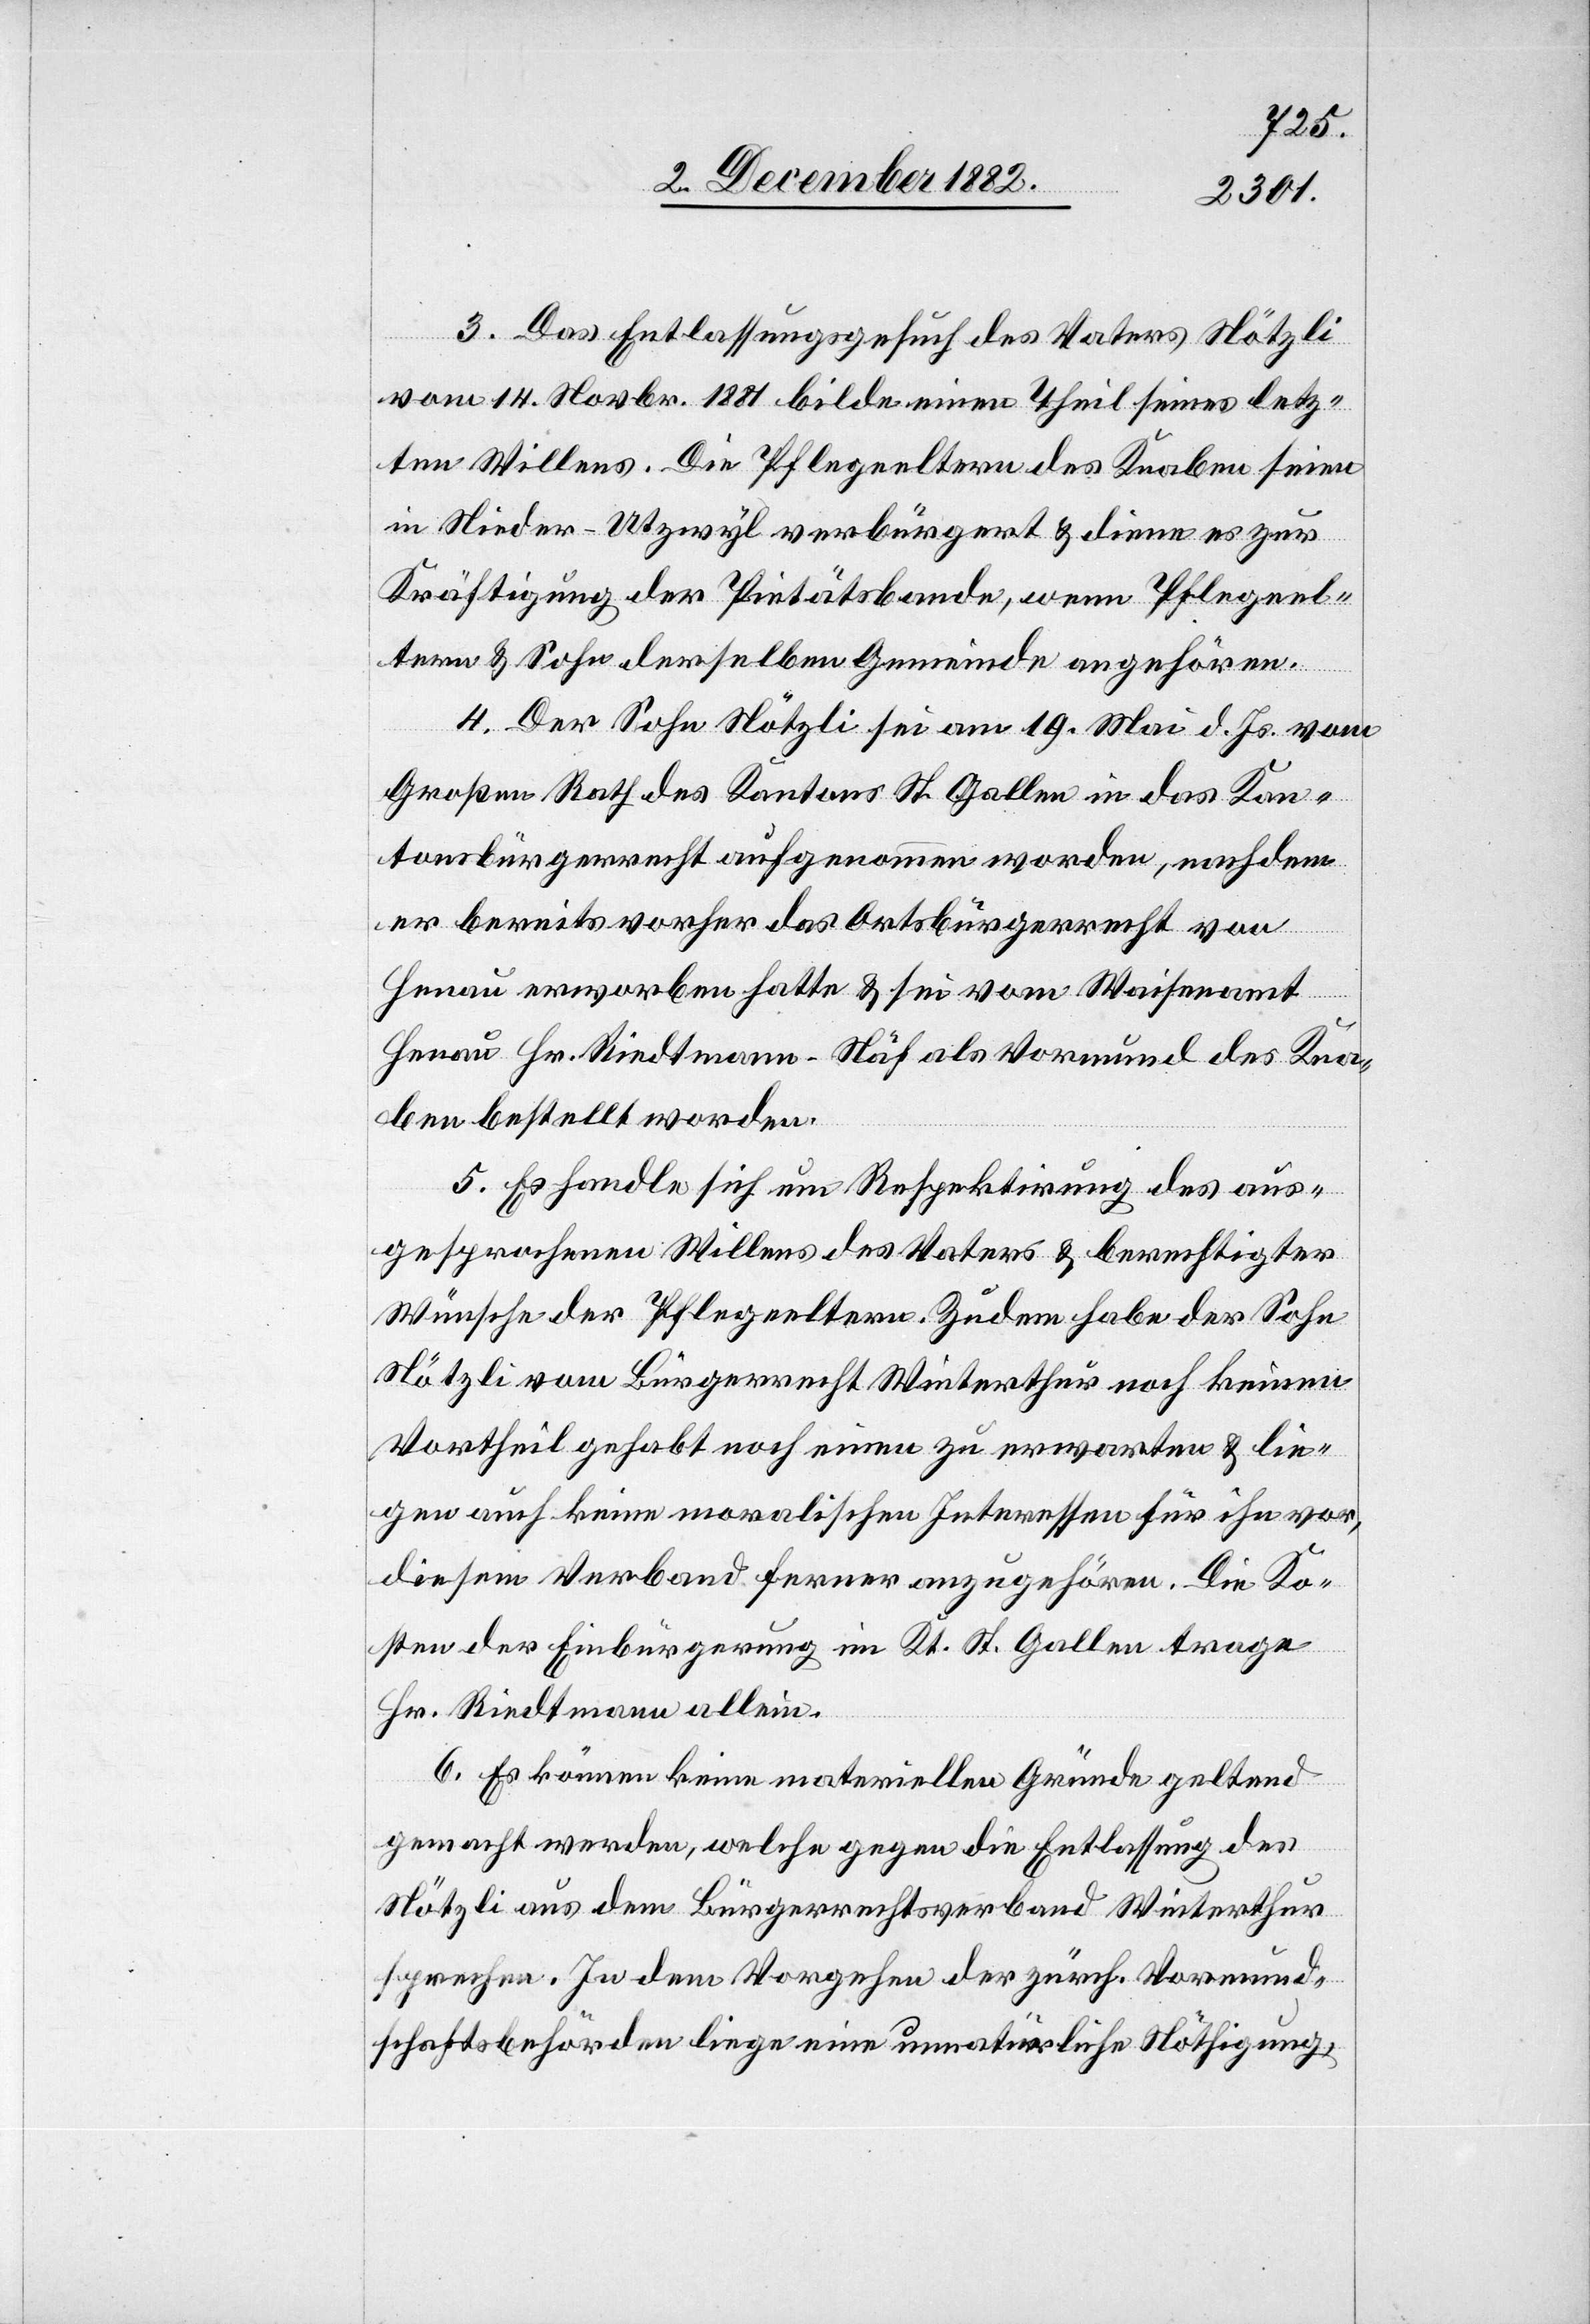
3. Das Entlassungsgesuch des Vaters Nötzli
vom 14. Novbr. 1881 bilde einen Theil seines letz¬
ten Willens. Die Pflegeeltern des Knaben seien
in Nieder-Utzwyl verbürgert & diene es zur
Kräftigung der Pietätsbande, wenn Pflegeel¬
tern & Sohn derselben Gemeinde angehören.
4. Der Sohn Nötzli sei am 19. Mai d. Js. vom
Großen Rath des Kantons St. Gallen in das Kan¬
tonsbürgerrecht aufgenommen worden, nachdem
er bereits vorher das Ortsbürgerrecht von
Henau erworben hatte & sei vom Waisenamt
Henau Hr. Riedtmann-Näf als Vormund des Kna¬
ben bestellt worden.
5. Es handle sich um Respektirung des aus¬
gesprochenen Willens des Vaters & berechtigter
Wünsche der Pflegeeltern. Zudem habe der Sohn
Nötzli vom Bürgerrecht Winterthur noch keinen
Vortheil gehabt noch einen zu erwarten & lie¬
gen auch keine moralischen Interessen für ihn vor,
diesem Verband ferner anzugehören. Die Ko¬
sten der Einbürgerung im Kt. St. Gallen trage
Hr. Riedtmann allein.
6. Es können keine materiellen Gründe geltend
gemacht werden, welche gegen die Entlassung des
Nötzli aus dem Bürgerrechtsverband Winterthur
sprechen. In dem Vorgehen der zürch. Vormund¬
schaftsbehörden liege eine unnatürliche Nöthigung,